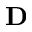
\mathbf { D }